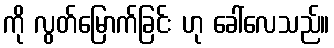
ကို လွတ်မြောက်ခြင်း ဟု ခေါ်လေသည်။